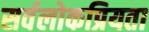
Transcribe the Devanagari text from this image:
सर्वलोकप्रियता